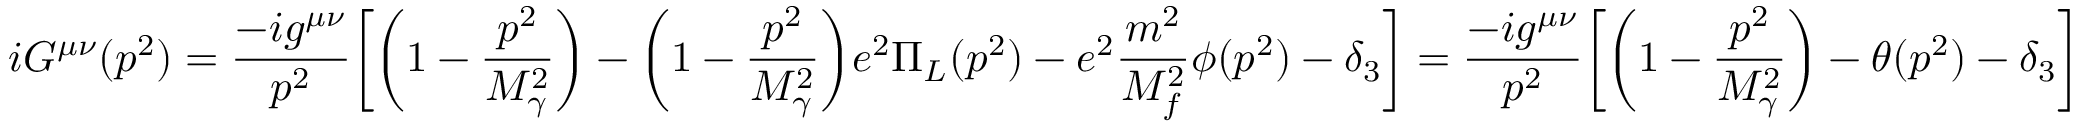
i G ^ { \mu \nu } ( p ^ { 2 } ) = \frac { - i g ^ { \mu \nu } } { p ^ { 2 } } \biggl [ \biggl ( 1 - \frac { p ^ { 2 } } { M _ { \gamma } ^ { 2 } } \biggr ) - \biggl ( 1 - \frac { p ^ { 2 } } { M _ { \gamma } ^ { 2 } } \biggr ) e ^ { 2 } \Pi _ { L } ( p ^ { 2 } ) - e ^ { 2 } \frac { m ^ { 2 } } { M _ { f } ^ { 2 } } \phi ( p ^ { 2 } ) - \delta _ { 3 } \biggr ] = \frac { - i g ^ { \mu \nu } } { p ^ { 2 } } \biggl [ \biggl ( 1 - \frac { p ^ { 2 } } { M _ { \gamma } ^ { 2 } } \biggr ) - \theta ( p ^ { 2 } ) - \delta _ { 3 } \biggr ]